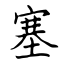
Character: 塞